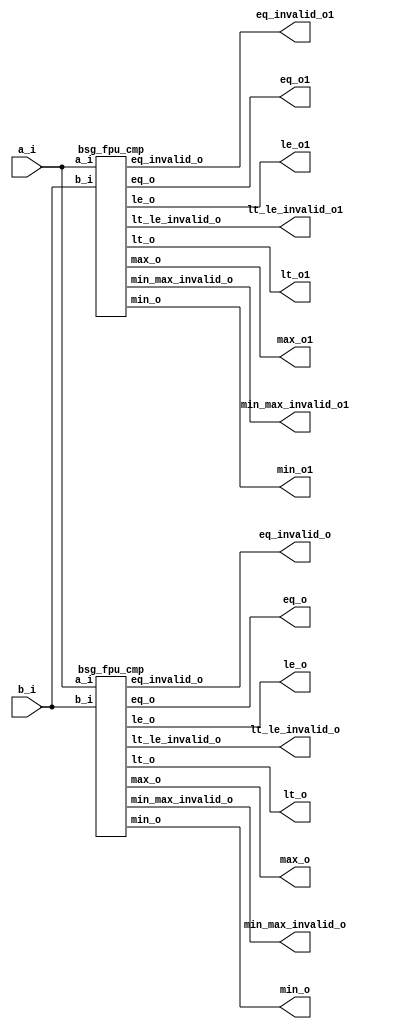


module top
(
  a_i,
  b_i,
  eq_o,
  lt_o,
  le_o,
  lt_le_invalid_o,
  eq_invalid_o,
  min_o,
  max_o,
  min_max_invalid_o,
  min_o1, // added for decompiling
  max_o1, // added for decompiling
  eq_o1, // added for decompiling
  lt_o1, // added for decompiling
  le_o1, // added for decompiling
  lt_le_invalid_o1, // added for decompiling
  eq_invalid_o1, // added for decompiling
  min_max_invalid_o1 // added for decompiling
);

  input [15:0] a_i;
  input [15:0] b_i;
  output [15:0] min_o;
  output [15:0] max_o;
  output eq_o;
  output lt_o;
  output le_o;
  output lt_le_invalid_o;
  output eq_invalid_o;
  output min_max_invalid_o;
  output [15:0] min_o1; // added for decompiling
  output [15:0] max_o1; // added for decompiling
  output eq_o1; // added for decompiling
  output lt_o1; // added for decompiling
  output le_o1; // added for decompiling
  output lt_le_invalid_o1; // added for decompiling
  output eq_invalid_o1; // added for decompiling
  output min_max_invalid_o1; // added for decompiling

  bsg_fpu_cmp
  wrapper
  (
    .a_i(a_i),
    .b_i(b_i),
    .min_o(min_o),
    .max_o(max_o),
    .eq_o(eq_o),
    .lt_o(lt_o),
    .le_o(le_o),
    .lt_le_invalid_o(lt_le_invalid_o),
    .eq_invalid_o(eq_invalid_o),
    .min_max_invalid_o(min_max_invalid_o)
  );
  
  bsg_fpu_cmp
  wrapper1
  (
    .a_i(a_i),
    .b_i(b_i),
    .min_o(min_o1), // added for decompiling
    .max_o(max_o1), // added for decompiling
    .eq_o(eq_o1), // added for decompiling
    .lt_o(lt_o1), // added for decompiling
    .le_o(le_o1), // added for decompiling
    .lt_le_invalid_o(lt_le_invalid_o1), // added for decompiling
    .eq_invalid_o(eq_invalid_o1), // added for decompiling
    .min_max_invalid_o(min_max_invalid_o1) // added for decompiling
  );


endmodule



module bsg_fpu_preprocess_e_p5_m_p10
(
  a_i,
  zero_o,
  nan_o,
  sig_nan_o,
  infty_o,
  exp_zero_o,
  man_zero_o,
  denormal_o,
  sign_o,
  exp_o,
  man_o
);

  input [15:0] a_i;
  output [4:0] exp_o;
  output [9:0] man_o;
  output zero_o;
  output nan_o;
  output sig_nan_o;
  output infty_o;
  output exp_zero_o;
  output man_zero_o;
  output denormal_o;
  output sign_o;
  wire [4:0] exp_o;
  wire [9:0] man_o;
  wire zero_o,nan_o,sig_nan_o,infty_o,exp_zero_o,man_zero_o,denormal_o,sign_o,a_i_15_,
  N0,N1,N2,N3,N5,N6,N7,N8,N9,N10,N11,N12,N13,N14,N15,N16,N17,N19;
  assign a_i_15_ = a_i[15];
  assign sign_o = a_i_15_;
  assign exp_o[4] = a_i[14];
  assign exp_o[3] = a_i[13];
  assign exp_o[2] = a_i[12];
  assign exp_o[1] = a_i[11];
  assign exp_o[0] = a_i[10];
  assign man_o[9] = a_i[9];
  assign man_o[8] = a_i[8];
  assign man_o[7] = a_i[7];
  assign man_o[6] = a_i[6];
  assign man_o[5] = a_i[5];
  assign man_o[4] = a_i[4];
  assign man_o[3] = a_i[3];
  assign man_o[2] = a_i[2];
  assign man_o[1] = a_i[1];
  assign man_o[0] = a_i[0];
  assign N0 = exp_o[3] | exp_o[4];
  assign N1 = exp_o[2] | N0;
  assign N2 = exp_o[1] | N1;
  assign N3 = exp_o[0] | N2;
  assign exp_zero_o = ~N3;
  assign N5 = exp_o[3] & exp_o[4];
  assign N6 = exp_o[2] & N5;
  assign N7 = exp_o[1] & N6;
  assign N8 = exp_o[0] & N7;
  assign N9 = man_o[8] | man_o[9];
  assign N10 = man_o[7] | N9;
  assign N11 = man_o[6] | N10;
  assign N12 = man_o[5] | N11;
  assign N13 = man_o[4] | N12;
  assign N14 = man_o[3] | N13;
  assign N15 = man_o[2] | N14;
  assign N16 = man_o[1] | N15;
  assign N17 = man_o[0] | N16;
  assign man_zero_o = ~N17;
  assign zero_o = exp_zero_o & man_zero_o;
  assign nan_o = N8 & N17;
  assign sig_nan_o = nan_o & N19;
  assign N19 = ~man_o[9];
  assign infty_o = N8 & man_zero_o;
  assign denormal_o = exp_zero_o & N17;

endmodule



module bsg_less_than_width_p15
(
  a_i,
  b_i,
  o
);

  input [14:0] a_i;
  input [14:0] b_i;
  output o;
  wire o;
  assign o = a_i < b_i;

endmodule



module bsg_fpu_cmp
(
  a_i,
  b_i,
  eq_o,
  lt_o,
  le_o,
  lt_le_invalid_o,
  eq_invalid_o,
  min_o,
  max_o,
  min_max_invalid_o
);

  input [15:0] a_i;
  input [15:0] b_i;
  output [15:0] min_o;
  output [15:0] max_o;
  output eq_o;
  output lt_o;
  output le_o;
  output lt_le_invalid_o;
  output eq_invalid_o;
  output min_max_invalid_o;
  wire [15:0] min_o,max_o;
  wire eq_o,lt_o,le_o,lt_le_invalid_o,eq_invalid_o,min_max_invalid_o,N0,N1,N2,N3,N4,N5,
  N6,N7,N8,a_zero,a_nan,a_sig_nan,a_infty,a_sign,b_zero,b_nan,b_sig_nan,b_infty,
  b_sign,mag_a_lt,N9,N10,N11,N12,N13,N14,N15,N16,N17,N18,N19,N20,N21,N22,N23,N24,
  N25,N26,N27,N28,N29,N30,N31,N32,N33,N34,N35,N36,N37,N38,N39,N40,N41,N42,N43,N44,
  N45,N46,N47,N48,N49,N50,N51,N52,N53,N54,N55,N56,N57,N58,N59,N60,N61,N62,N63,N64,
  N65,N66,N67,N68,N69,N70,N71,N72,N73,N74,N75,N76,N77,N78,N79,sv2v_dc_1,sv2v_dc_2,
  sv2v_dc_3,sv2v_dc_4,sv2v_dc_5,sv2v_dc_6,sv2v_dc_7,sv2v_dc_8,sv2v_dc_9,sv2v_dc_10,
  sv2v_dc_11,sv2v_dc_12,sv2v_dc_13,sv2v_dc_14,sv2v_dc_15,sv2v_dc_16,sv2v_dc_17,
  sv2v_dc_18,sv2v_dc_19,sv2v_dc_20,sv2v_dc_21,sv2v_dc_22,sv2v_dc_23,sv2v_dc_24,
  sv2v_dc_25,sv2v_dc_26,sv2v_dc_27,sv2v_dc_28,sv2v_dc_29,sv2v_dc_30;

  bsg_fpu_preprocess_e_p5_m_p10
  a_preprocess
  (
    .a_i(a_i),
    .zero_o(a_zero),
    .nan_o(a_nan),
    .sig_nan_o(a_sig_nan),
    .infty_o(a_infty),
    .sign_o(a_sign),
    .exp_o({ sv2v_dc_1, sv2v_dc_2, sv2v_dc_3, sv2v_dc_4, sv2v_dc_5 }),
    .man_o({ sv2v_dc_6, sv2v_dc_7, sv2v_dc_8, sv2v_dc_9, sv2v_dc_10, sv2v_dc_11, sv2v_dc_12, sv2v_dc_13, sv2v_dc_14, sv2v_dc_15 })
  );


  bsg_fpu_preprocess_e_p5_m_p10
  b_preprocess
  (
    .a_i(b_i),
    .zero_o(b_zero),
    .nan_o(b_nan),
    .sig_nan_o(b_sig_nan),
    .infty_o(b_infty),
    .sign_o(b_sign),
    .exp_o({ sv2v_dc_16, sv2v_dc_17, sv2v_dc_18, sv2v_dc_19, sv2v_dc_20 }),
    .man_o({ sv2v_dc_21, sv2v_dc_22, sv2v_dc_23, sv2v_dc_24, sv2v_dc_25, sv2v_dc_26, sv2v_dc_27, sv2v_dc_28, sv2v_dc_29, sv2v_dc_30 })
  );


  bsg_less_than_width_p15
  lt_mag
  (
    .a_i(a_i[14:0]),
    .b_i(b_i[14:0]),
    .o(mag_a_lt)
  );

  assign N14 = a_i == b_i;
  assign N17 = N15 & N16;
  assign N18 = a_sign | N16;
  assign N20 = N15 | b_sign;
  assign N22 = a_sign & b_sign;
  assign N26 = (N0)? mag_a_lt : 
               (N1)? 1'b0 : 
               (N2)? 1'b1 : 
               (N3)? N24 : 1'b0;
  assign N0 = N17;
  assign N1 = N19;
  assign N2 = N21;
  assign N3 = N22;
  assign N27 = (N0)? N23 : 
               (N1)? 1'b0 : 
               (N2)? 1'b1 : 
               (N3)? N25 : 1'b0;
  assign eq_o = (N4)? 1'b0 : 
                (N29)? 1'b1 : 
                (N12)? N14 : 1'b0;
  assign N4 = N9;
  assign lt_o = (N4)? 1'b0 : 
                (N29)? 1'b0 : 
                (N12)? N26 : 1'b0;
  assign le_o = (N4)? 1'b0 : 
                (N29)? 1'b1 : 
                (N12)? N27 : 1'b0;
  assign lt_le_invalid_o = (N4)? 1'b1 : 
                           (N29)? 1'b0 : 
                           (N12)? 1'b0 : 1'b0;
  assign eq_invalid_o = (N4)? N13 : 
                        (N29)? 1'b0 : 
                        (N12)? 1'b0 : 1'b0;
  assign { N57, N56, N55, N54, N53, N52, N51, N50, N49, N48, N47, N46, N45, N44, N43, N42 } = (N5)? { N40, 1'b0, 1'b0, 1'b0, 1'b0, 1'b0, 1'b0, 1'b0, 1'b0, 1'b0, 1'b0, 1'b0, 1'b0, 1'b0, 1'b0, 1'b0 } : 
                                                                                              (N75)? a_i : 
                                                                                              (N39)? b_i : 1'b0;
  assign N5 = N37;
  assign { N73, N72, N71, N70, N69, N68, N67, N66, N65, N64, N63, N62, N61, N60, N59, N58 } = (N5)? { N41, 1'b0, 1'b0, 1'b0, 1'b0, 1'b0, 1'b0, 1'b0, 1'b0, 1'b0, 1'b0, 1'b0, 1'b0, 1'b0, 1'b0, 1'b0 } : 
                                                                                              (N75)? b_i : 
                                                                                              (N39)? a_i : 1'b0;
  assign min_o = (N6)? { 1'b0, 1'b1, 1'b1, 1'b1, 1'b1, 1'b1, 1'b1, 1'b0, 1'b0, 1'b0, 1'b0, 1'b0, 1'b0, 1'b0, 1'b0, 1'b0 } : 
                 (N7)? b_i : 
                 (N8)? a_i : 
                 (N35)? { N57, N56, N55, N54, N53, N52, N51, N50, N49, N48, N47, N46, N45, N44, N43, N42 } : 1'b0;
  assign N6 = N30;
  assign N7 = N31;
  assign N8 = N32;
  assign max_o = (N6)? { 1'b0, 1'b1, 1'b1, 1'b1, 1'b1, 1'b1, 1'b1, 1'b0, 1'b0, 1'b0, 1'b0, 1'b0, 1'b0, 1'b0, 1'b0, 1'b0 } : 
                 (N7)? b_i : 
                 (N8)? a_i : 
                 (N35)? { N73, N72, N71, N70, N69, N68, N67, N66, N65, N64, N63, N62, N61, N60, N59, N58 } : 1'b0;
  assign min_max_invalid_o = (N6)? N36 : 
                             (N7)? a_sig_nan : 
                             (N8)? b_sig_nan : 
                             (N35)? 1'b0 : 1'b0;
  assign N9 = a_nan | b_nan;
  assign N10 = a_zero & b_zero;
  assign N11 = N10 | N9;
  assign N12 = ~N11;
  assign N13 = a_sig_nan | b_sig_nan;
  assign N15 = ~a_sign;
  assign N16 = ~b_sign;
  assign N19 = ~N18;
  assign N21 = ~N20;
  assign N23 = mag_a_lt | N14;
  assign N24 = N76 & N77;
  assign N76 = ~mag_a_lt;
  assign N77 = ~N14;
  assign N25 = N76 | N14;
  assign N28 = ~N9;
  assign N29 = N10 & N28;
  assign N30 = a_nan & b_nan;
  assign N31 = a_nan & N78;
  assign N78 = ~b_nan;
  assign N32 = N79 & b_nan;
  assign N79 = ~a_nan;
  assign N33 = N31 | N30;
  assign N34 = N32 | N33;
  assign N35 = ~N34;
  assign N36 = a_sig_nan | b_sig_nan;
  assign N37 = a_zero & b_zero;
  assign N38 = lt_o | N37;
  assign N39 = ~N38;
  assign N40 = a_sign | b_sign;
  assign N41 = a_sign & b_sign;
  assign N74 = ~N37;
  assign N75 = lt_o & N74;

endmodule